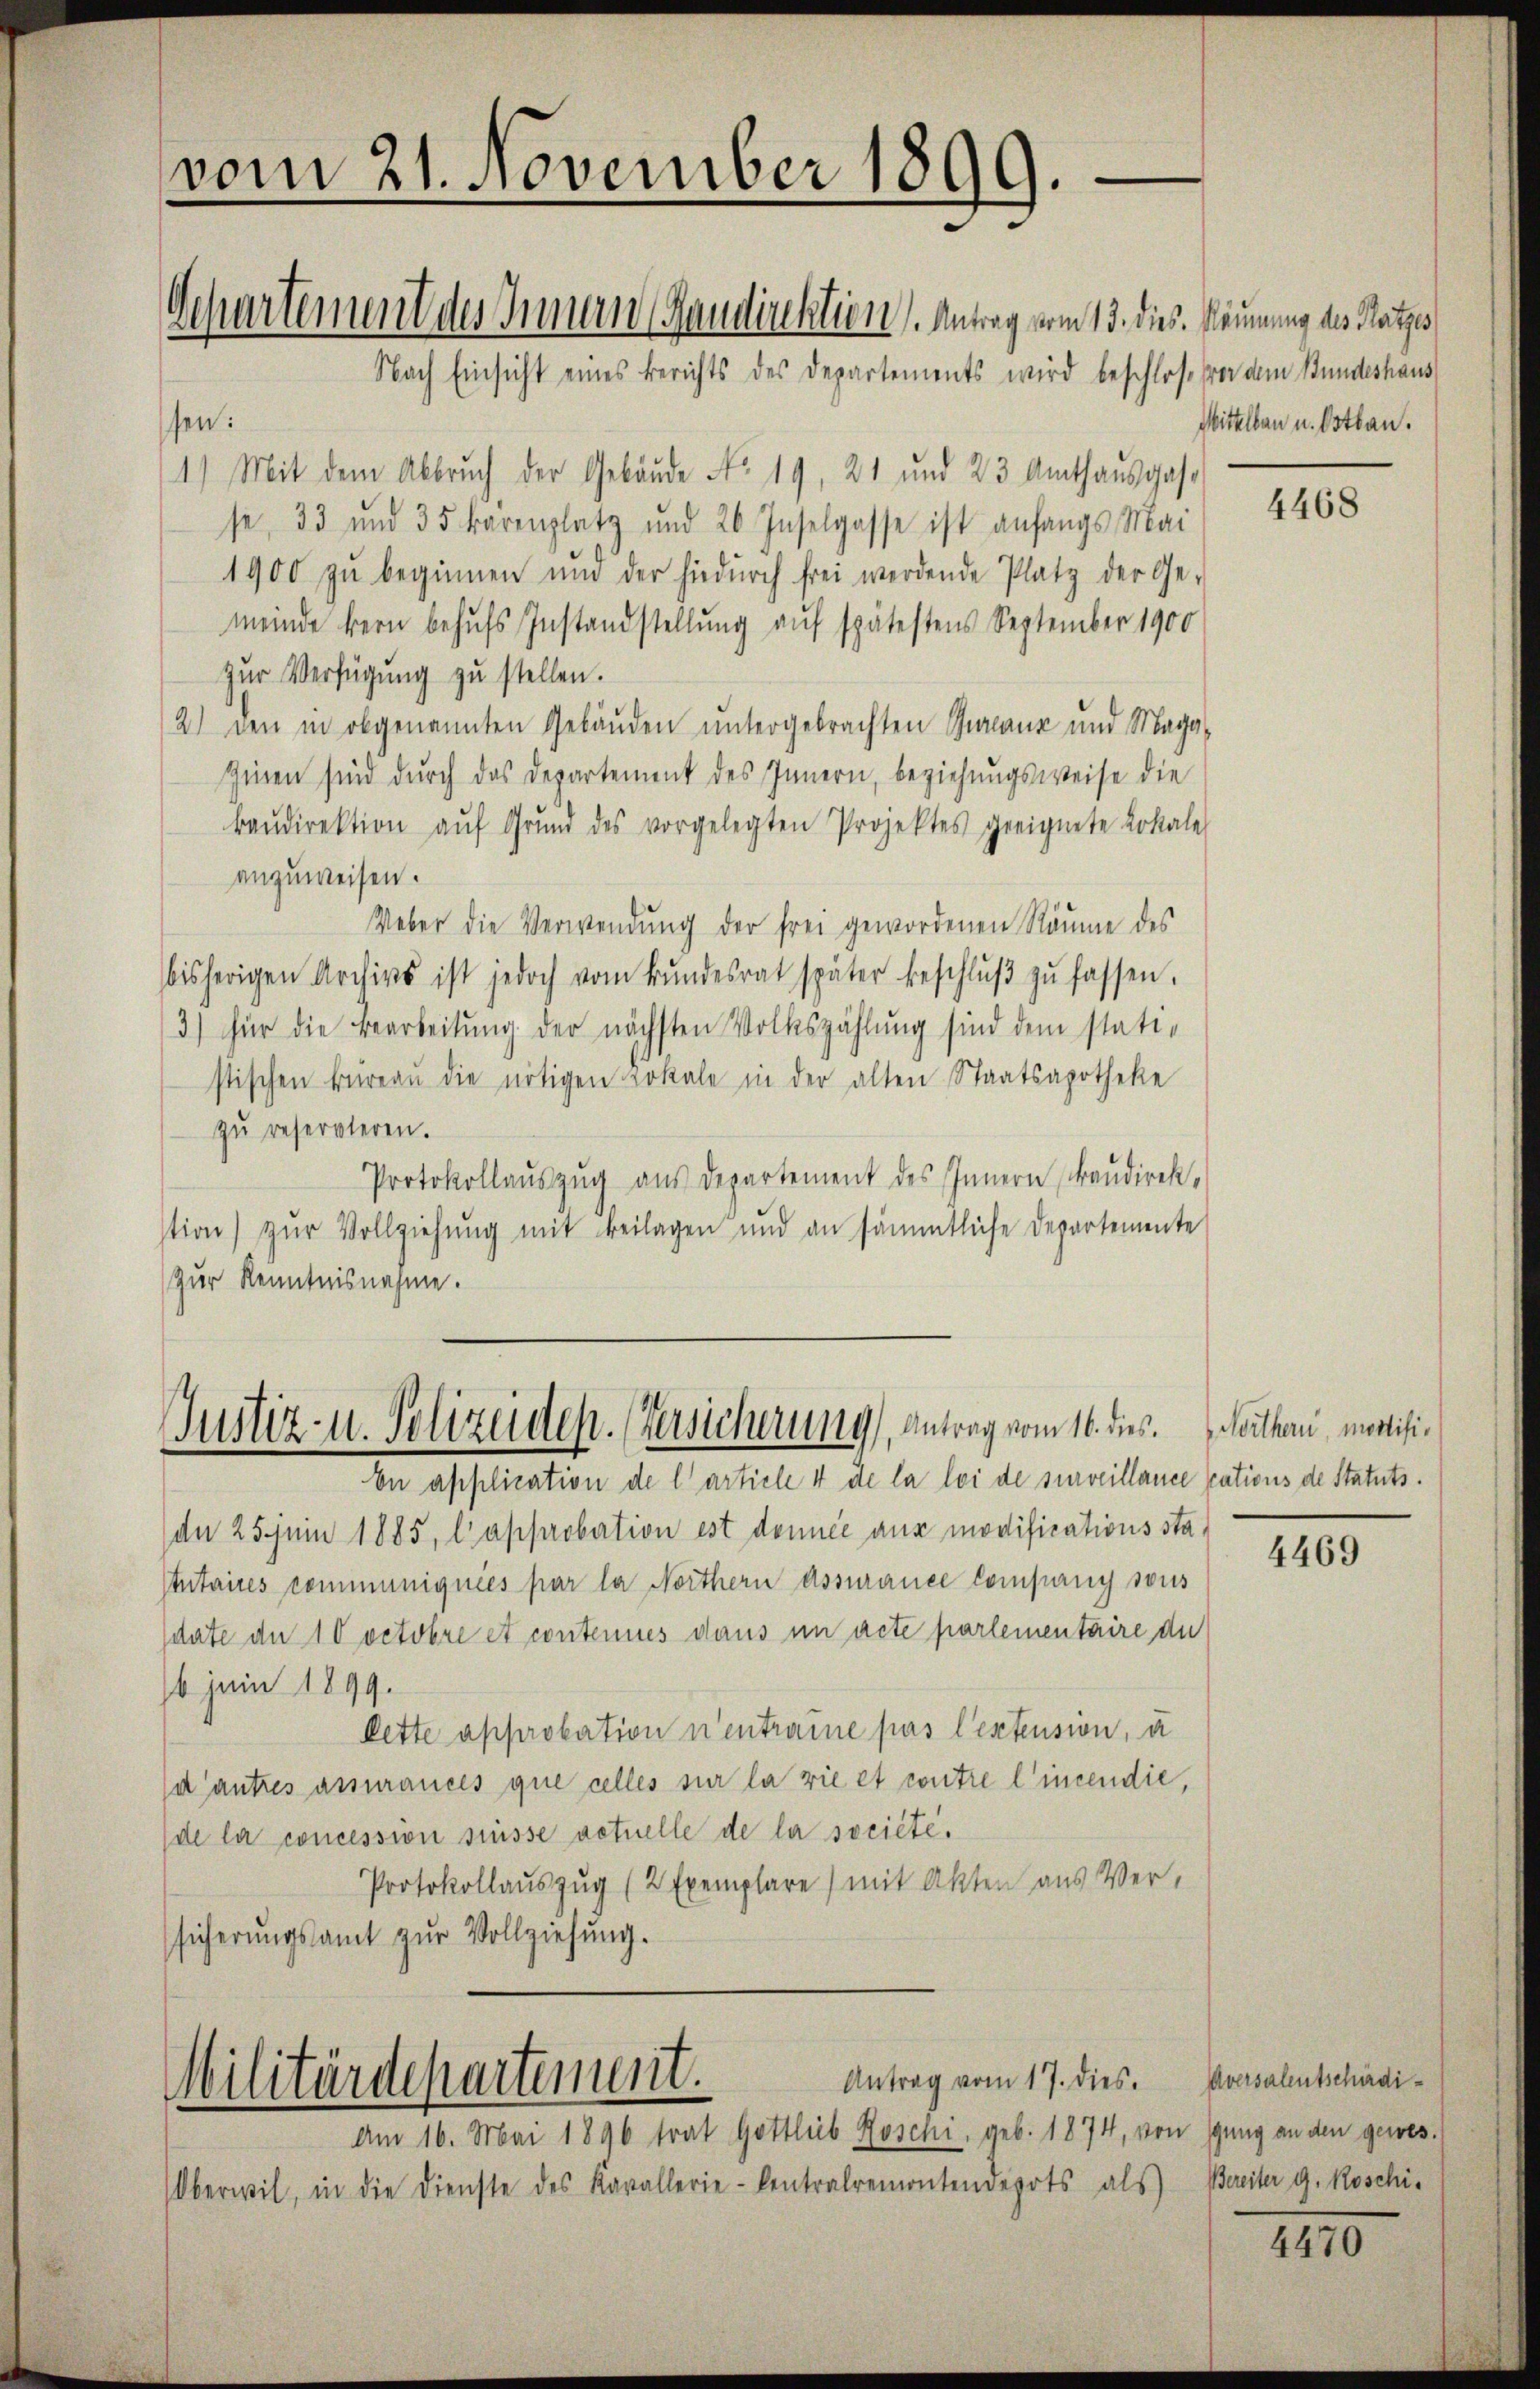
vom 21. November 1899.

Nach Einsicht eines Berichts des Departements wird beschloß vor dem Bundeshaus
sen:
1) Mit dem Abbrŭch der Gebäŭde No. 19, 21 und 23 Amthaŭsgas-
se, 33 und 35 Barenplatz und 26 Inselgasse ist anfangs Mai
1900 zŭ beginnen und der hiedurch frei werdende Platz der Ge-
meinde bern behufs Instandstellung auf spätestens September 1900
zur Verfügung zu stellen.
2) den in obgenannten Gebäuden untergebrachten Guranz und Maga¬
Ginen sind durch das Departement des Innern, beziehungsweise die
Baŭdirektion aŭf Grŭnd des vorgelegten Projektes geeignete Lokale
anzuweisen.
Ueber die Verwendung der frei gewordenen Räume des
bisherigen Archivs ist jedoch vom Bŭndesrat später beschlŭβ zŭ fassen.
3) für die Bearbeitung der nächsten Volkszählung sind dem stati-
stischen Büreaŭ die nötigen Lokale in der alten Staatsapotheke
zŭ reservieren.
Protokollauszug aus Departement des Innern Baudirekstion zŭr Vollziehŭng mit Beilagen und an sämmtliche Departemente
Zur Kenntnisnahme.

Departement des Innern Gaudinktion, Antrag vom 13. dies. Räumung des Ratzes

Justiz- u. Polizeidep. Versicherung, Antrag vom 16. dies. Mithan, mortisi¬

En application de l article 4 de la loi de surveillance sations de Statuts.
an 25 Juni 1885, l’approbation est donnée aus modificationssta¬
Itntaires communiquées par la Northern assurance Company sous
sdate de 10 octobre et contenues dans im acte partementaire du
6 juin 1899.
lette approbation n’entraine pas lestension, u
d’autres assurances que celles sur la vie et contre l’incendie,
de la concession suisse vetuelle de la société.
Protokollauszug (2 Exemplare) mit Akten aus Versicherŭngsamt zŭr Vollziehung.

Antrag vom 17. dies
Militärdepartement.
Am 16. Mai 1896 trat Gottlieb Roschi, geb. 1874, von Igung an den gewes¬

Oberwil, in die Dienste des Kavallerie- Centralremontendepots als

Mittelbau u. Ostbau.

4468

4469

Aversalentschädi¬
Bereiter G. Roschi¬

4470